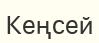
Кеңсей